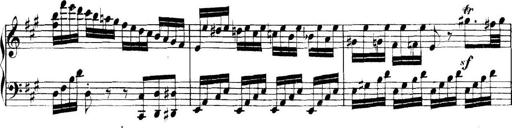
Title: Collected Piano Sonatas
Composer: Muzio Clementi